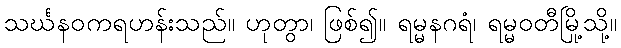
သင်္ဃနဝကရဟန်းသည်။ ဟုတွာ၊ ဖြစ်၍။ ရမ္မနဂရံ၊ ရမ္မဝတီမြို့သို့။